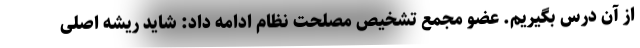
از آن درس بگیریم. عضو مجمع تشخیص مصلحت نظام ادامه داد: شاید ریشه اصلی